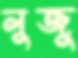
লুজু